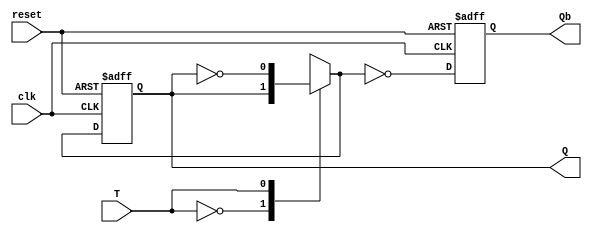
module T_Flip_Flop(T, clk, reset,Q, Qb);
 input T,clk, reset;
 output reg Q,Qb;
 
always @(posedge clk or posedge reset) // Posedge clock and asynchronous Reset
begin
    if (reset)
    begin
        Q <= 1'b1;
        Qb <= 1'b0;
    end
    else
    begin
        case(T)
            1'b0: Q= Q;
            1'b1: Q= ~Q;
        endcase
         Qb=~Q;
    end
end
endmodule